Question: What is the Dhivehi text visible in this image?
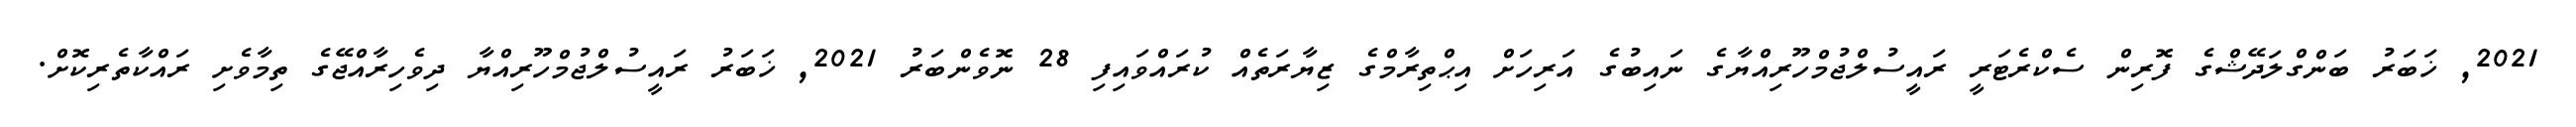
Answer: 2021, ޚަބަރު ބަންގްލަދޭޝްގެ ފޮރިން ސެކްރެޓަރީ ރައީސުލްޖުމްހޫރިއްޔާގެ ނައިބުގެ އަރިހަށް އިޙްތިރާމްގެ ޒިޔާރަތެއް ކުރައްވައިފި 28 ނޮވެންބަރު 2021, ޚަބަރު ރައީސުލްޖުމްހޫރިއްޔާ ދިވެހިރާއްޖޭގެ ތިމާވެށި ރައްކާތެރިކޮށް.